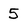
Character: 5